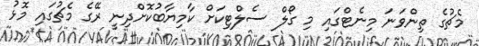
މެޗުގެ ތިންވަނަ މިނެޓްގައި މި ގޯލް ސެލްޓިކަށް ކާމިޔާބުކޮށްދިނީ ރޭގެ މެޗުގައި މޮޅު